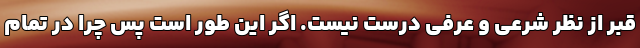
قبر از نظر شرعی و عرفی درست نیست. اگر این طور است پس چرا در تمام